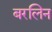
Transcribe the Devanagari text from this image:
बरलिन